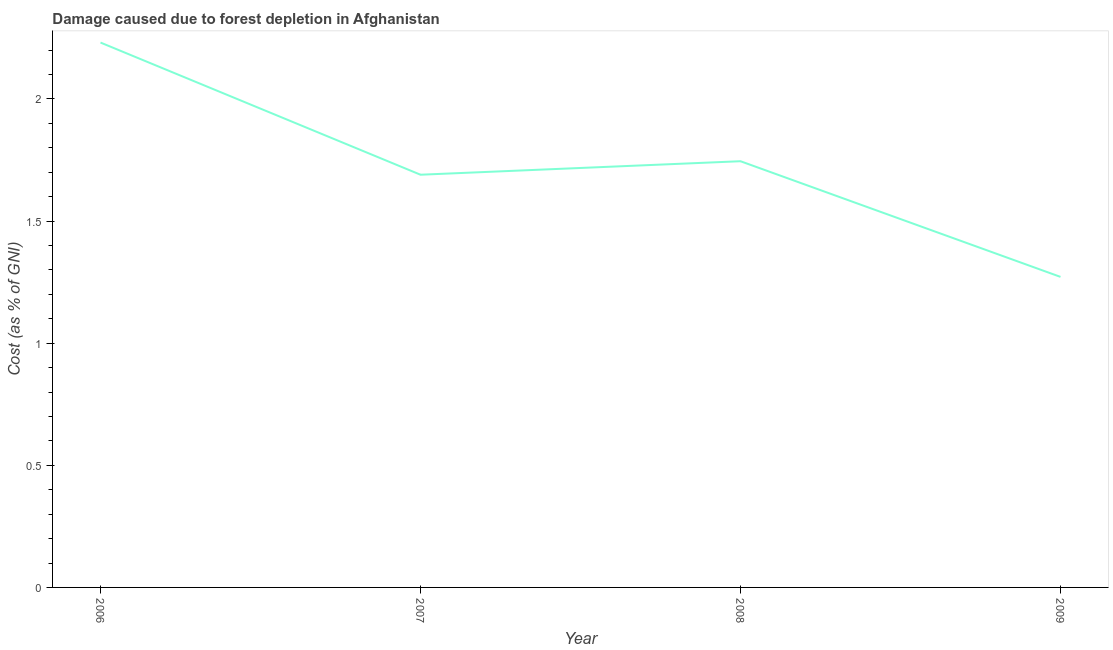
| Year | net forest depletion |
 | --- | --- |
 | 2006 | 2.23 |
 | 2007 | 1.69 |
 | 2008 | 1.74 |
 | 2009 | 1.27 |